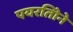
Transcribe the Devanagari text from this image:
पयरतिोने